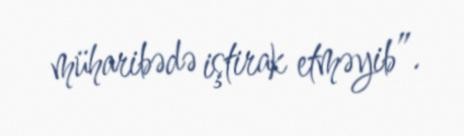
müharibədə iştirak etməyib”.